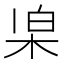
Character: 𣑞